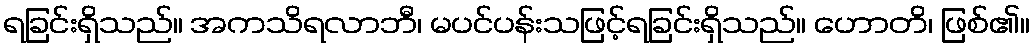
ရခြင်းရှိသည်။ အကသိရလာဘီ၊ မပင်ပန်းသဖြင့်ရခြင်းရှိသည်။ ဟောတိ၊ ဖြစ်၏။